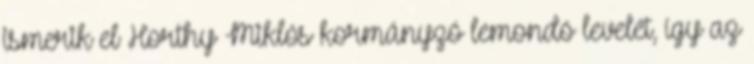
ismerik el Horthy Miklós kormányzó lemondó levelét, így az